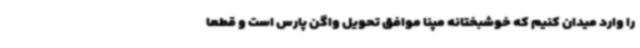
را وارد میدان کنیم که خوشبختانه مپنا موافق تحویل واگن پارس است و قطعا